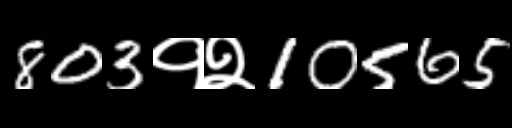
Text: 803१२10565